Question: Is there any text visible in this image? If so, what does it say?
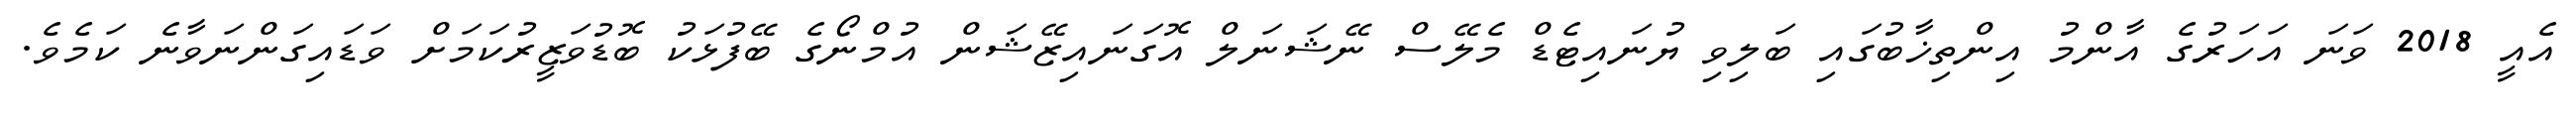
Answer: އެއީ 2018 ވަނަ އަހަރުގެ އާންމު އިންތިޚާބުގައި ބަލިވި ޔުނައިޓެޑް މެލޭސް ނޭޝަނަލް އޮގަނައިޒޭޝަން އުމްނޯގެ ބޭފުޅަކު ބޮޑުވަޒީރުކަމަށް ވަޑައިގަންނަވާނެ ކަމެވެ.